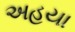
અહયા